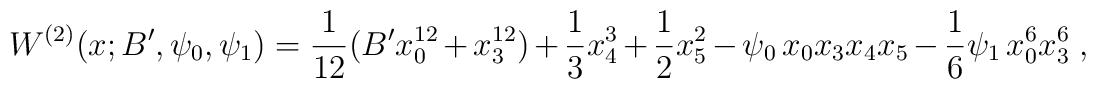
W^{(2)}(x;B', \psi_0, \psi_1) = \frac{1}{12}(B' x_0^{12} + x_3^{12})+\frac{1}{3} x_4^3 +\frac{1}{2} x_5^2-\psi_0 \, x_0 x_3 x_4 x_5 - \frac{1}{6} \psi_1 \,x_0^6 x_3^6\ ,